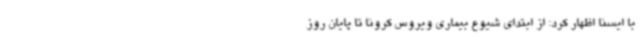
با ایسنا اظهار کرد: از ابتدای شیوع بیماری ویروس کرونا تا پایان روز